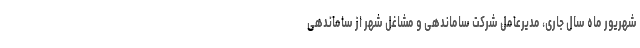
شهریور ماه سال جاری، مدیرعامل شرکت ساماندهی و مشاغل شهر از ساماندهی